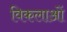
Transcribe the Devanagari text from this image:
विकलाओं